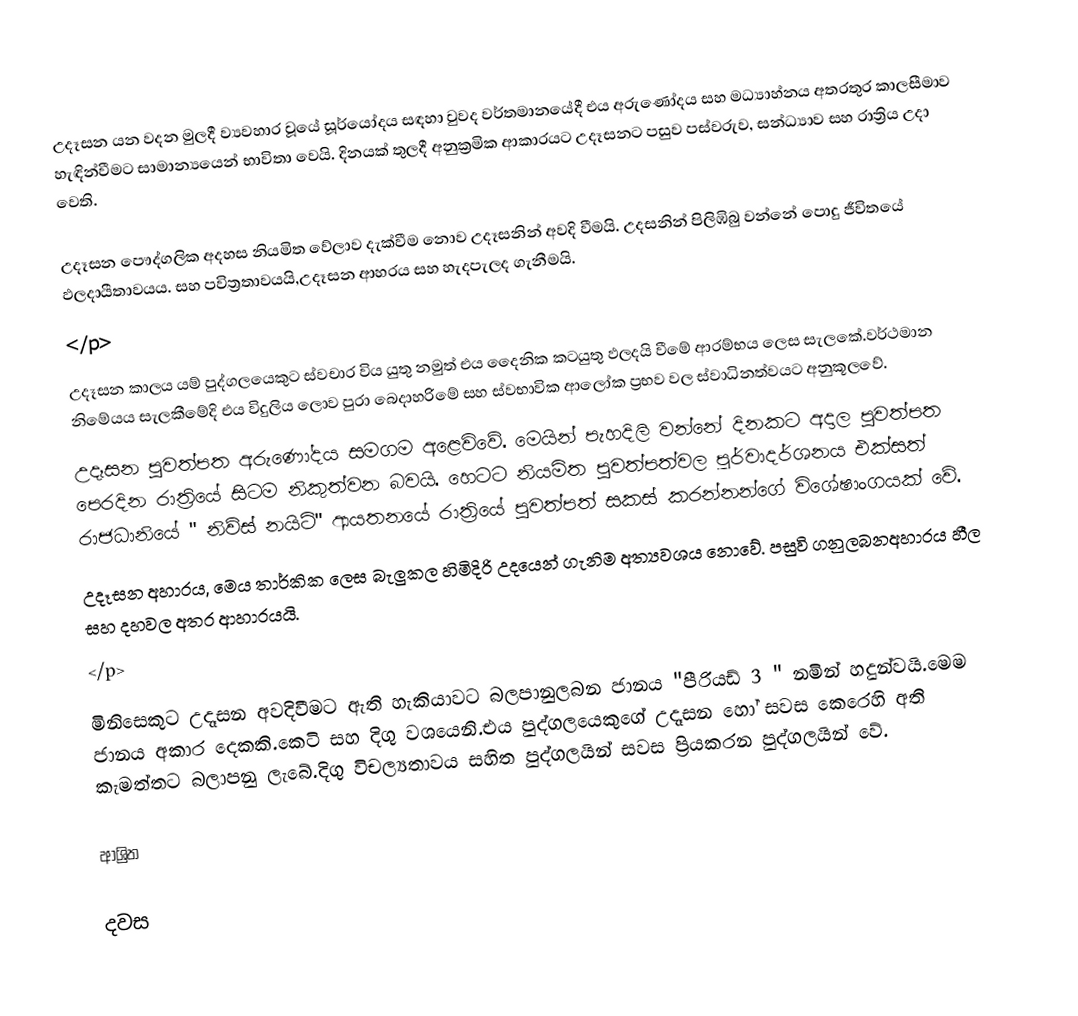
උදෑසන යන වදන මුලදී ව්‍යවහාර වූයේ සූර්යෝදය සඳහා වුවද වර්තමානයේදී එය අරුණෝදය සහ මධ්‍යාහ්නය අතරතුර කාලසීමාව හැඳින්වීමට සාමාන්‍යයෙන් භාවිතා වෙයි. දිනයක් තුලදී අනුක්‍රමික ආකාරයට උදෑසනට පසුව පස්වරුව, සන්ධ්‍යාව සහ රාත්‍රිය උදා වෙති.

උදෑසන පෞද්ගලික අදහස නියමිත වේලාව දැක්වීම නොව උදෑසනින් අවදි වීමයි. උදසනින් පිලිඹිබු වන්නේ පොදු ජීවිතයේ ඵලදායීතාවයය. සහ පවිත්‍රතාවයයි,උදෑසන ආහරය සහ හැදපැලද ගැනීමයි.
</p>
උදෑසන කාලය යම් පුද්ගලයෙකුට ස්වචාර විය යුතු නමුත් එය දෛනික කටයුතු ඵලදයි වීමේ ආරම්භය ලෙස සැලකේ.වර්ථමාන නිමේයය සැලකීමේදි එය විදුලිය ලොව පුරා බෙදාහරිමේ සහ ස්වභාවික ආලෝක ප්‍රභව වල ස්වාධිනත්වයට අනුකූලවේ.
උදෑසන පුවත්පත අරුණෝදය සමගම අළෙවිවේ. මෙයින් පැහදිලි වන්නේ දිනකට අදාල පුවත්පත පෙරදින රාත්‍රියේ සිටම නිකුත්වන බවයි. හෙටට නියමිත පුවත්පත්වල පූර්වාදර්ශනය එක්සත් රාජධානියේ " නිව්ස් නයිට්" ආයතනයේ රාත්‍රියේ පුවත්පත් සකස් කරන්නන්ගේ විශේෂාංගයක් වේ.
උදෑසන අහාරය, මෙය තාර්කික ලෙස බැලුකල හිමිදිරි උදයෙන් ගැනිම අත්‍යවශය නොවේ. පසුවි ගනුලබනඅහාරය හීල සහ දහවල අතර ආහාරයයි.
</p>
මිනිසෙකුට උදෑසන අවදිවීමට ඇති හැකියාවට බලපානුලබන ජානය "පීරියඩ් 3 " නමින් හදුන්වයි.මෙම ජානය අකාර දෙකකි.කෙටි සහ දිගු වශයෙනි.එය පුද්ගලයෙකුගේ උදෑසන හෝ සවස කෙරෙහි අති කැමත්තට බලාපනු ලැබේ.දිගු විචල්‍යතාවය සහිත පුද්ගලයින් සවස ප්‍රියකරන පුද්ගලයින් වේ.

ආශ්‍රිත

දවස